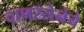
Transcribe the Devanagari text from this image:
वानरसेनेचे